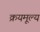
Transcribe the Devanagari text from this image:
क्रयमूल्य